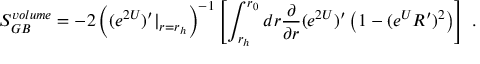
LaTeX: S _ { G B } ^ { v o l u m e } = - 2 \left( ( e ^ { 2 U } ) ^ { \prime } | _ { r = r _ { h } } \right) ^ { - 1 } \left[ \int _ { r _ { h } } ^ { r _ { 0 } } d r { \frac { \partial } { \partial r } } ( e ^ { 2 U } ) ^ { \prime } \left( 1 - ( e ^ { U } R ^ { \prime } ) ^ { 2 } \right) \right] \ .